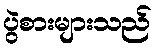
ပွဲစားများသည်